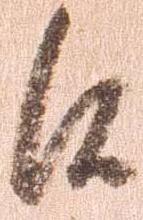
候